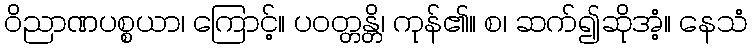
ဝိညာဏပစ္စယာ၊ ကြောင့်။ ပဝတ္တန္တိ၊ ကုန်၏။ စ၊ ဆက်၍ဆိုအံ့။ နေသံ